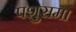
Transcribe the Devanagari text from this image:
पशुसमा